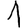
Digit: 1